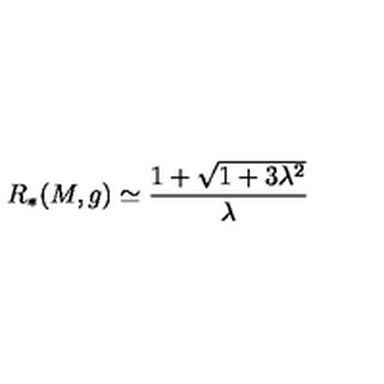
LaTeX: R _ { * } ( M , g ) \simeq \frac { 1 + \sqrt { 1 + 3 \lambda ^ { 2 } } } { \lambda }